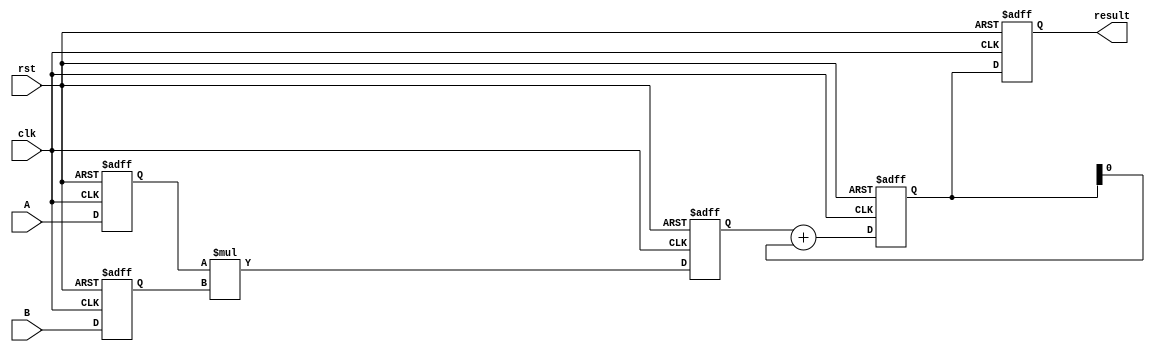
module systolic_multiplier #(
    parameter WIDTH = 8 // Bit-width of the inputs
)(
    input wire clk,
    input wire rst,
    input wire [WIDTH-1:0] A, // Multiplicand
    input wire [WIDTH-1:0] B, // Multiplier
    output reg [2*WIDTH-1:0] result // Final result
);

    // Processing Element (PE) structure
    reg [WIDTH-1:0] a_reg [0:1]; // Registers for A inputs
    reg [WIDTH-1:0] b_reg [0:1]; // Registers for B inputs
    reg [2*WIDTH-1:0] p_reg [0:1]; // Product registers

    integer i, j;

    // Initialize the PE array
    always @(posedge clk or posedge rst) begin
        if (rst) begin
            // Reset all registers
            for (i = 0; i < 2; i = i + 1) begin
                a_reg[i] <= 0;
                b_reg[i] <= 0;
                p_reg[i] <= 0;
            end
            result <= 0;
        end else begin
            // Shift inputs into the first row and column
            a_reg[0] <= A; // Input A into PE[0][0]
            b_reg[0] <= B; // Input B into PE[0][0]

            // PE[0][0] multiplication
            p_reg[0] <= a_reg[0] * b_reg[0];

            // Propagate results through the PE array
            for (i = 0; i < 2; i = i + 1) begin
                for (j = 0; j < 2; j = j + 1) begin
                    if (i == 0 && j == 0) begin
                        // First PE, already computed
                        // Pass the product to the next PE in the row
                        if (j < 1) begin
                            a_reg[j+1] <= a_reg[j]; // Pass A to the right
                            b_reg[j+1] <= b_reg[j]; // Pass B to the right
                            p_reg[j+1] <= p_reg[j]; // Pass product to the right
                        end
                    end else if (i == 0) begin
                        // First row, propagate product
                        p_reg[j] <= p_reg[j-1]; // Pass product to the right
                    end else if (j == 0) begin
                        // First column, accumulate product
                        p_reg[i] <= p_reg[i-1] + (a_reg[i] * b_reg[0]);
                    end else begin
                        // General case: accumulate from left and above
                        p_reg[i] <= p_reg[i-1] + p_reg[i][j-1];
                    end
                end
            end

            // Collect final result from the last PE
            result <= p_reg[1]; // Final result from PE[1][1]
        end
    end
endmodule